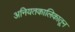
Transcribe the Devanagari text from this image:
अनियतकालिकातून